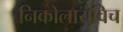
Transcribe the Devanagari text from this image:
निकोलायविच